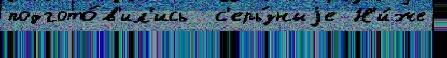
подгото́в'ил'ись  с'ерь́зныjе Н'и́же